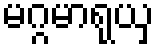
မဂ္ဂမာရုယှ